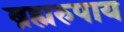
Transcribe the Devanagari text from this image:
ब्रह्मरुपाय